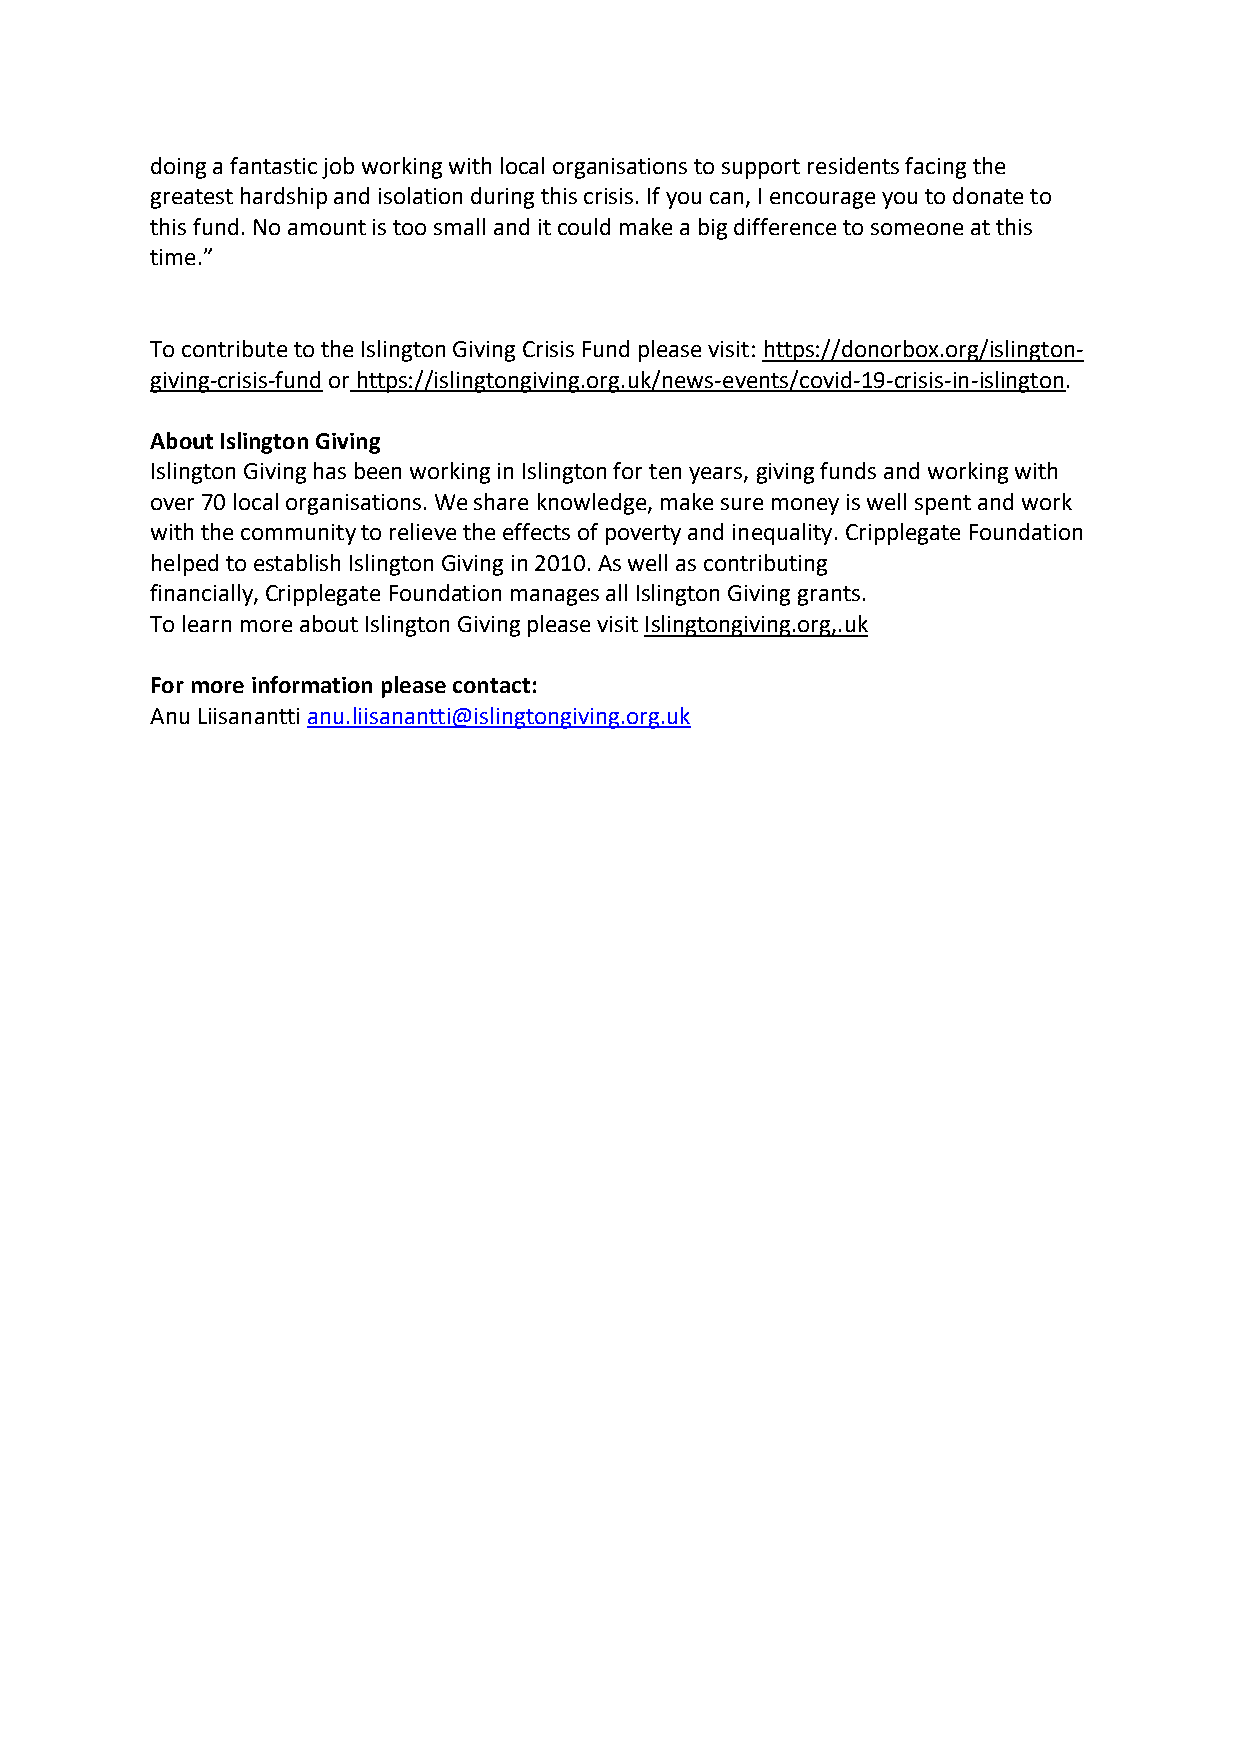
doing a fantastic job working with local organisations to support residents facing the
 greatest hardship and isolation during this crisis. If you can, I encourage you to donate to
 this fund. No amount is too small and it could make a big difference to someone at this
 time.”
 To contribute to the Islington Giving Crisis Fund please visit: https://donorbox.org/islington-
 giving-crisis-fund or https://islingtongiving.org.uk/news-events/covid-19-crisis-in-islington.
 About Islington Giving
 Islington Giving has been working in Islington for ten years, giving funds and working with
 over 70 local organisations. We share knowledge, make sure money is well spent and work
 with the community to relieve the effects of poverty and inequality. Cripplegate Foundation
 helped to establish Islington Giving in 2010. As well as contributing
 financially, Cripplegate Foundation manages all Islington Giving grants.
 To learn more about Islington Giving please visit Islingtongiving.org,.uk
 For more information please contact:
 Anu Liisanantti anu.liisanantti@islingtongiving.org.uk